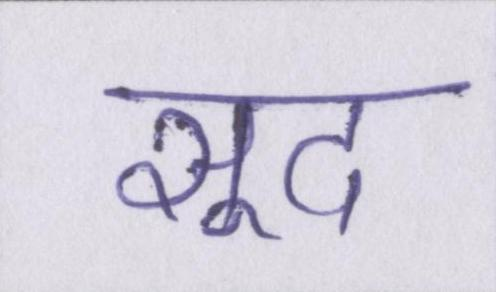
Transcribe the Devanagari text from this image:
सूद